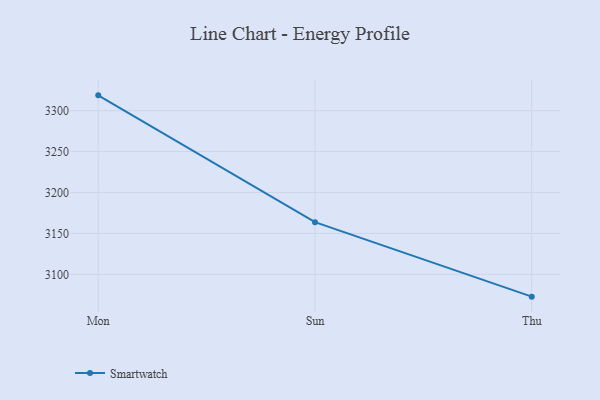
{"axis": {"x": "Day", "y": "Latency (ms)"}, "legend": ["Smartwatch"], "data": [{"x": "Mon", "y": 3318.7, "type": "Smartwatch"}, {"x": "Sun", "y": 3163.7, "type": "Smartwatch"}, {"x": "Thu", "y": 3072.7, "type": "Smartwatch"}]}